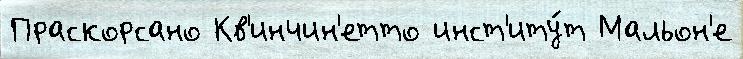
Праскорсано Кв'инчин'етто инст'иту́т Мальон'е